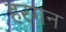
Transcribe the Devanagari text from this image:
हरगन